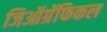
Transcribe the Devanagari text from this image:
जिऑग्रॅफिकल